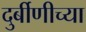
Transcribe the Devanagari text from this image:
दुर्बीणीच्या